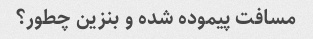
مسافت پیموده شده و بنزین چطور؟